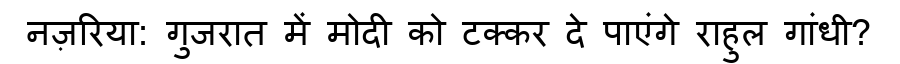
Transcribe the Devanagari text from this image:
नज़रिया: गुजरात में मोदी को टक्कर दे पाएंगे राहुल गांधी?